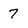
Character: 7